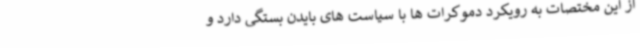
از این مختصات به رویکرد دموکرات ها با سیاست های بایدن بستگی دارد و